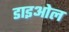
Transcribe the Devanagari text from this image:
डाइओल